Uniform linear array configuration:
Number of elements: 8
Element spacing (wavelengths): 0.5
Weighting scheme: cosine
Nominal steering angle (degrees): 30
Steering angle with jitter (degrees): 29.649
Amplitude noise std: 0.05
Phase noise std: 0.05

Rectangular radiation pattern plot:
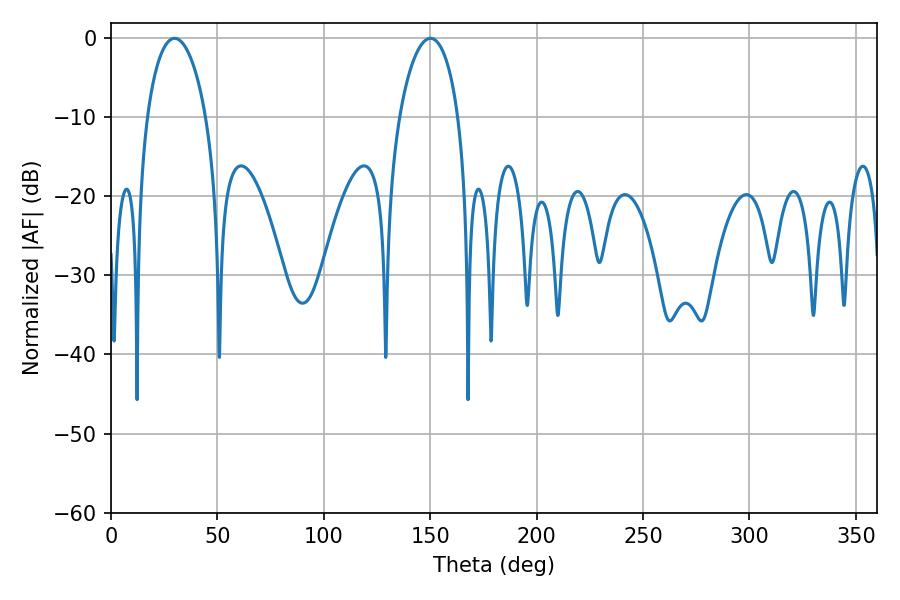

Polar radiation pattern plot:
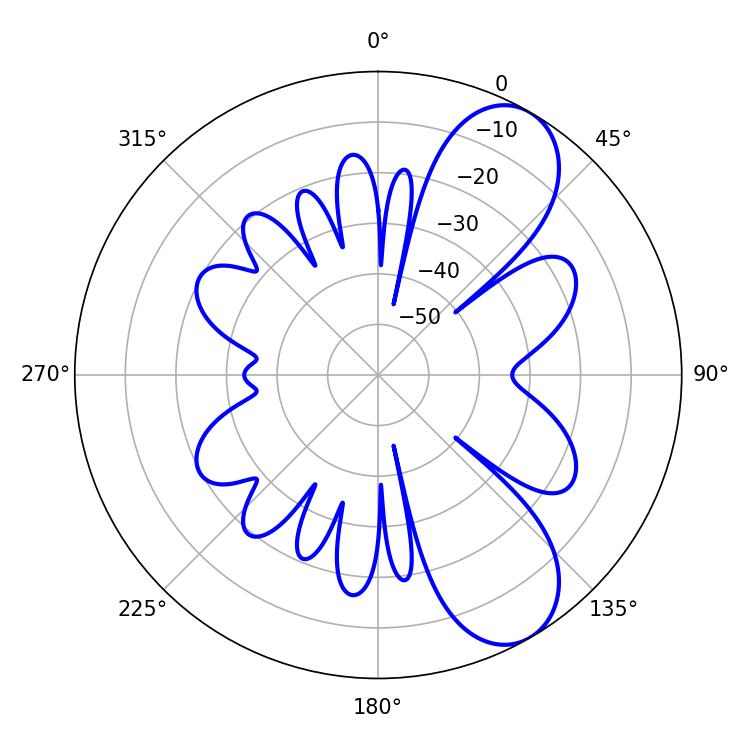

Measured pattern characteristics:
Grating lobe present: FALSE
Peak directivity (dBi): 8.371
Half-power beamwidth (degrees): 15.84
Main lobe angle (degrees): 29.88